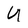
Character: U